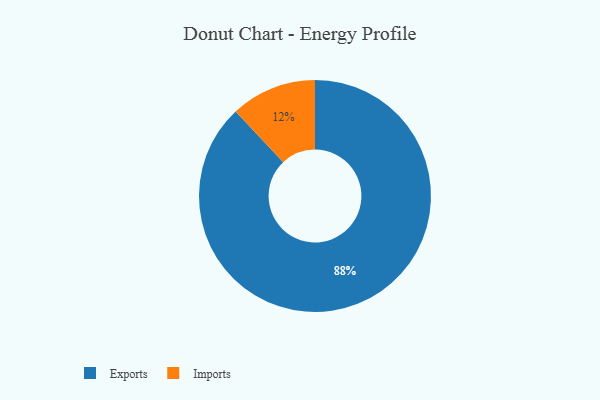
{"axis": {"x": "Category", "y": "Percentage"}, "legend": ["Exports", "Imports"], "data": [{"x": "Exports", "y": 88, "type": "Exports"}, {"x": "Imports", "y": 12, "type": "Imports"}]}